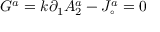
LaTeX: G ^ { a } = k \partial _ { 1 } A _ { 2 } ^ { a } - J _ { \circ } ^ { a } = 0